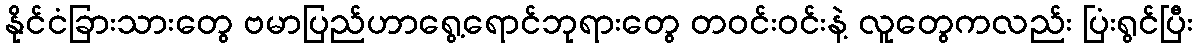
နိုင်ငံခြားသားတွေ ဗမာပြည်ဟာရွေ့ရောင်ဘုရားတွေ တဝင်းဝင်းနဲ့ လူတွေကလည်း ပြံးရွင်ပြီး